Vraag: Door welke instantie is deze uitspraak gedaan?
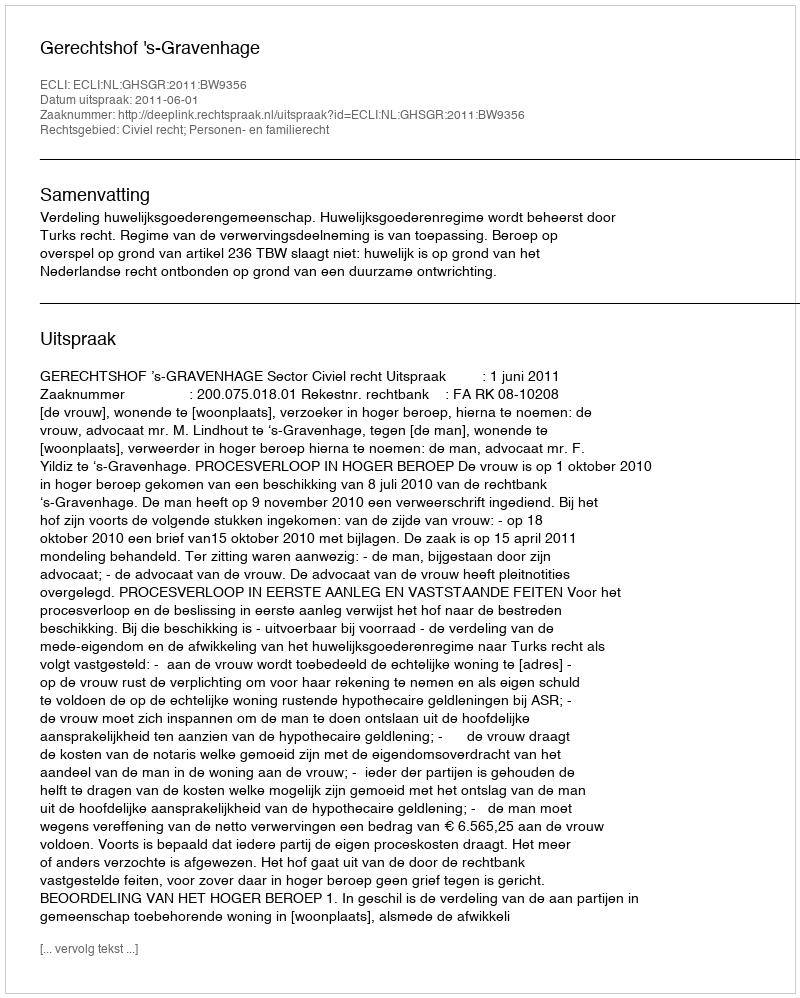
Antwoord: Gerechtshof 's-Gravenhage